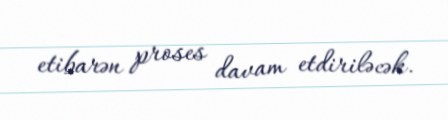
etibarən proses davam etdiriləcək.